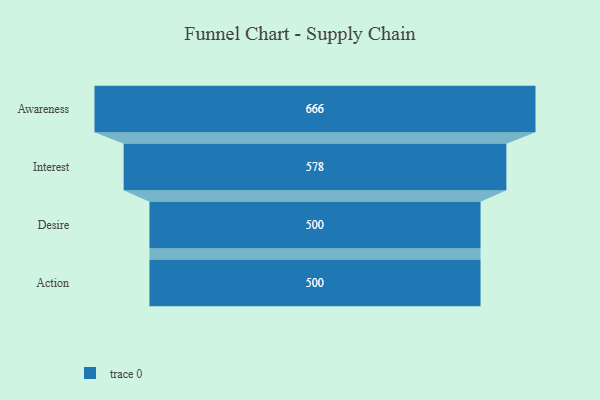
{"axis": {"x": "Stage", "y": "Value"}, "legend": [""], "data": [{"x": "Awareness", "y": 666.0, "type": ""}, {"x": "Interest", "y": 578.0, "type": ""}, {"x": "Desire", "y": 500, "type": ""}, {"x": "Action", "y": 500, "type": ""}]}